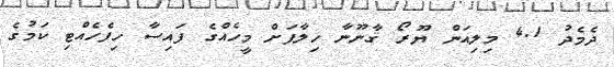
ދެމެދު 4.1 މިލިއަން ޔޫރޯ ޤާނޫނާ ހިލާފަށް މީހެއްގެ ފައިސާ ހިފެހެއްޓި ކަމުގެ